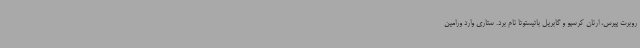
روبرت پیرس، ارنان کرسپو و گابریل باتیستوتا نام برد. ستاری وارد ورامین